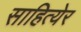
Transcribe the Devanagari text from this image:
साहित्येर